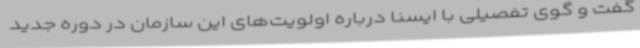
گفت و گوی تفصیلی با ایسنا درباره اولویت‌های این سازمان در دوره جدید